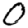
Digit: 0